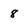
Character: 8